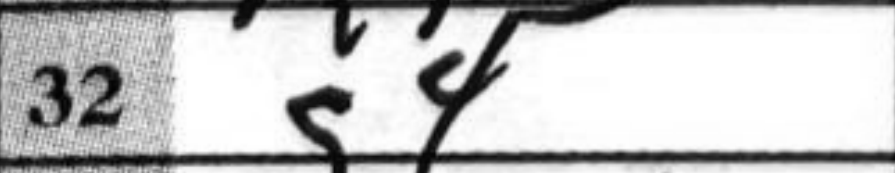
Transcription: g4